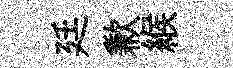
廷歉緱